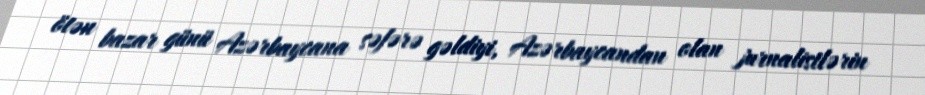
ötən bazar günü Azərbaycana səfərə gəldiyi, Azərbaycandan olan jurnalistlərin